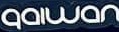
qaiwan